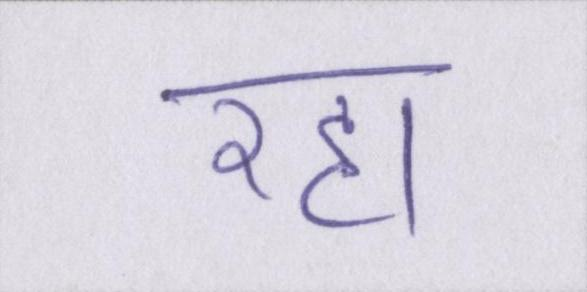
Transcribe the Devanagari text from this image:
रहा।